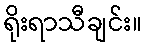
ရိုးရာသီချင်း။